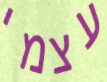
עצמי